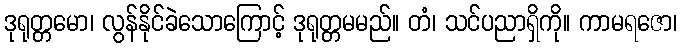
ဒုရုတ္တမော၊ လွန်နိုင်ခဲသောကြောင့် ဒုရုတ္တမမည်။ တံ၊ သင်ပညာရှိကို။ ကာမရဇော၊